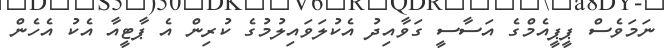
ނަމަވެސް ޕީޕީއެމްގެ އަސާސީ ގަވާއިދު އެކުލަވައިލުމުގެ ކުރިން އެ ޕާޓީއާ އެކު އެހެން